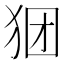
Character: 𪺺